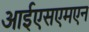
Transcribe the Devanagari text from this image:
आईएसएमएन